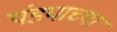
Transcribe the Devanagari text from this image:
पंड्याच्या